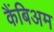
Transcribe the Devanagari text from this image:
कैंबिअम